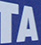
TA